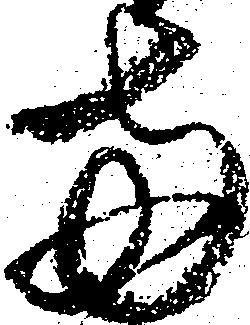
両